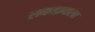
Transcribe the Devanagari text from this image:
लकडावाला